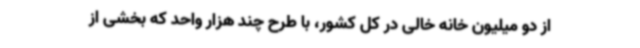
از دو میلیون خانه خالی در کل کشور، با طرح چند هزار واحد که بخشی از